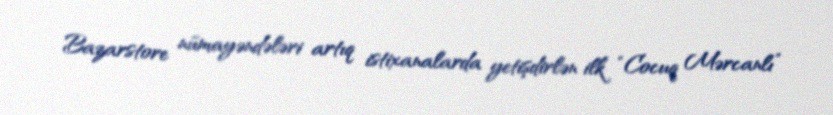
Bazarstore nümayəndələri artıq istixanalarda yetişdirlən ilk “Cocuq Mərcanlı”